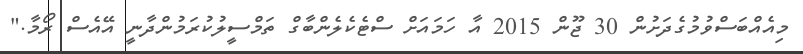
މިއެއްބަސްވުމުގެދަށުން 30 ޖޫން 2015 އާ ހަމައަށް ސްޓެކެލެންބާގް ތަމްސީލުކުރަމުންދާނީ އޭއެސް ރޯމާ."